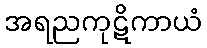
အရညကုဋိကာယံ